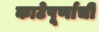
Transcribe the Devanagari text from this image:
काटेपूर्णाची